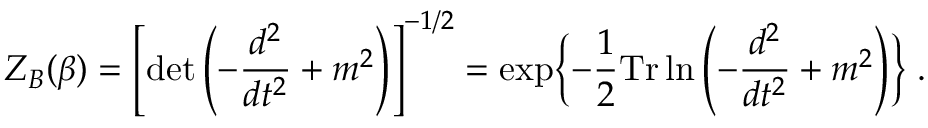
Z _ { B } ( \beta ) = \left[ \operatorname * { d e t } \left( - { \frac { d ^ { 2 } } { d t ^ { 2 } } } + m ^ { 2 } \right) \right] ^ { - 1 / 2 } = \exp \biggl \{ - { \frac { 1 } { 2 } } \mathrm { T r } \ln \left( - { \frac { d ^ { 2 } } { d t ^ { 2 } } } + m ^ { 2 } \right) \biggr \} \; .